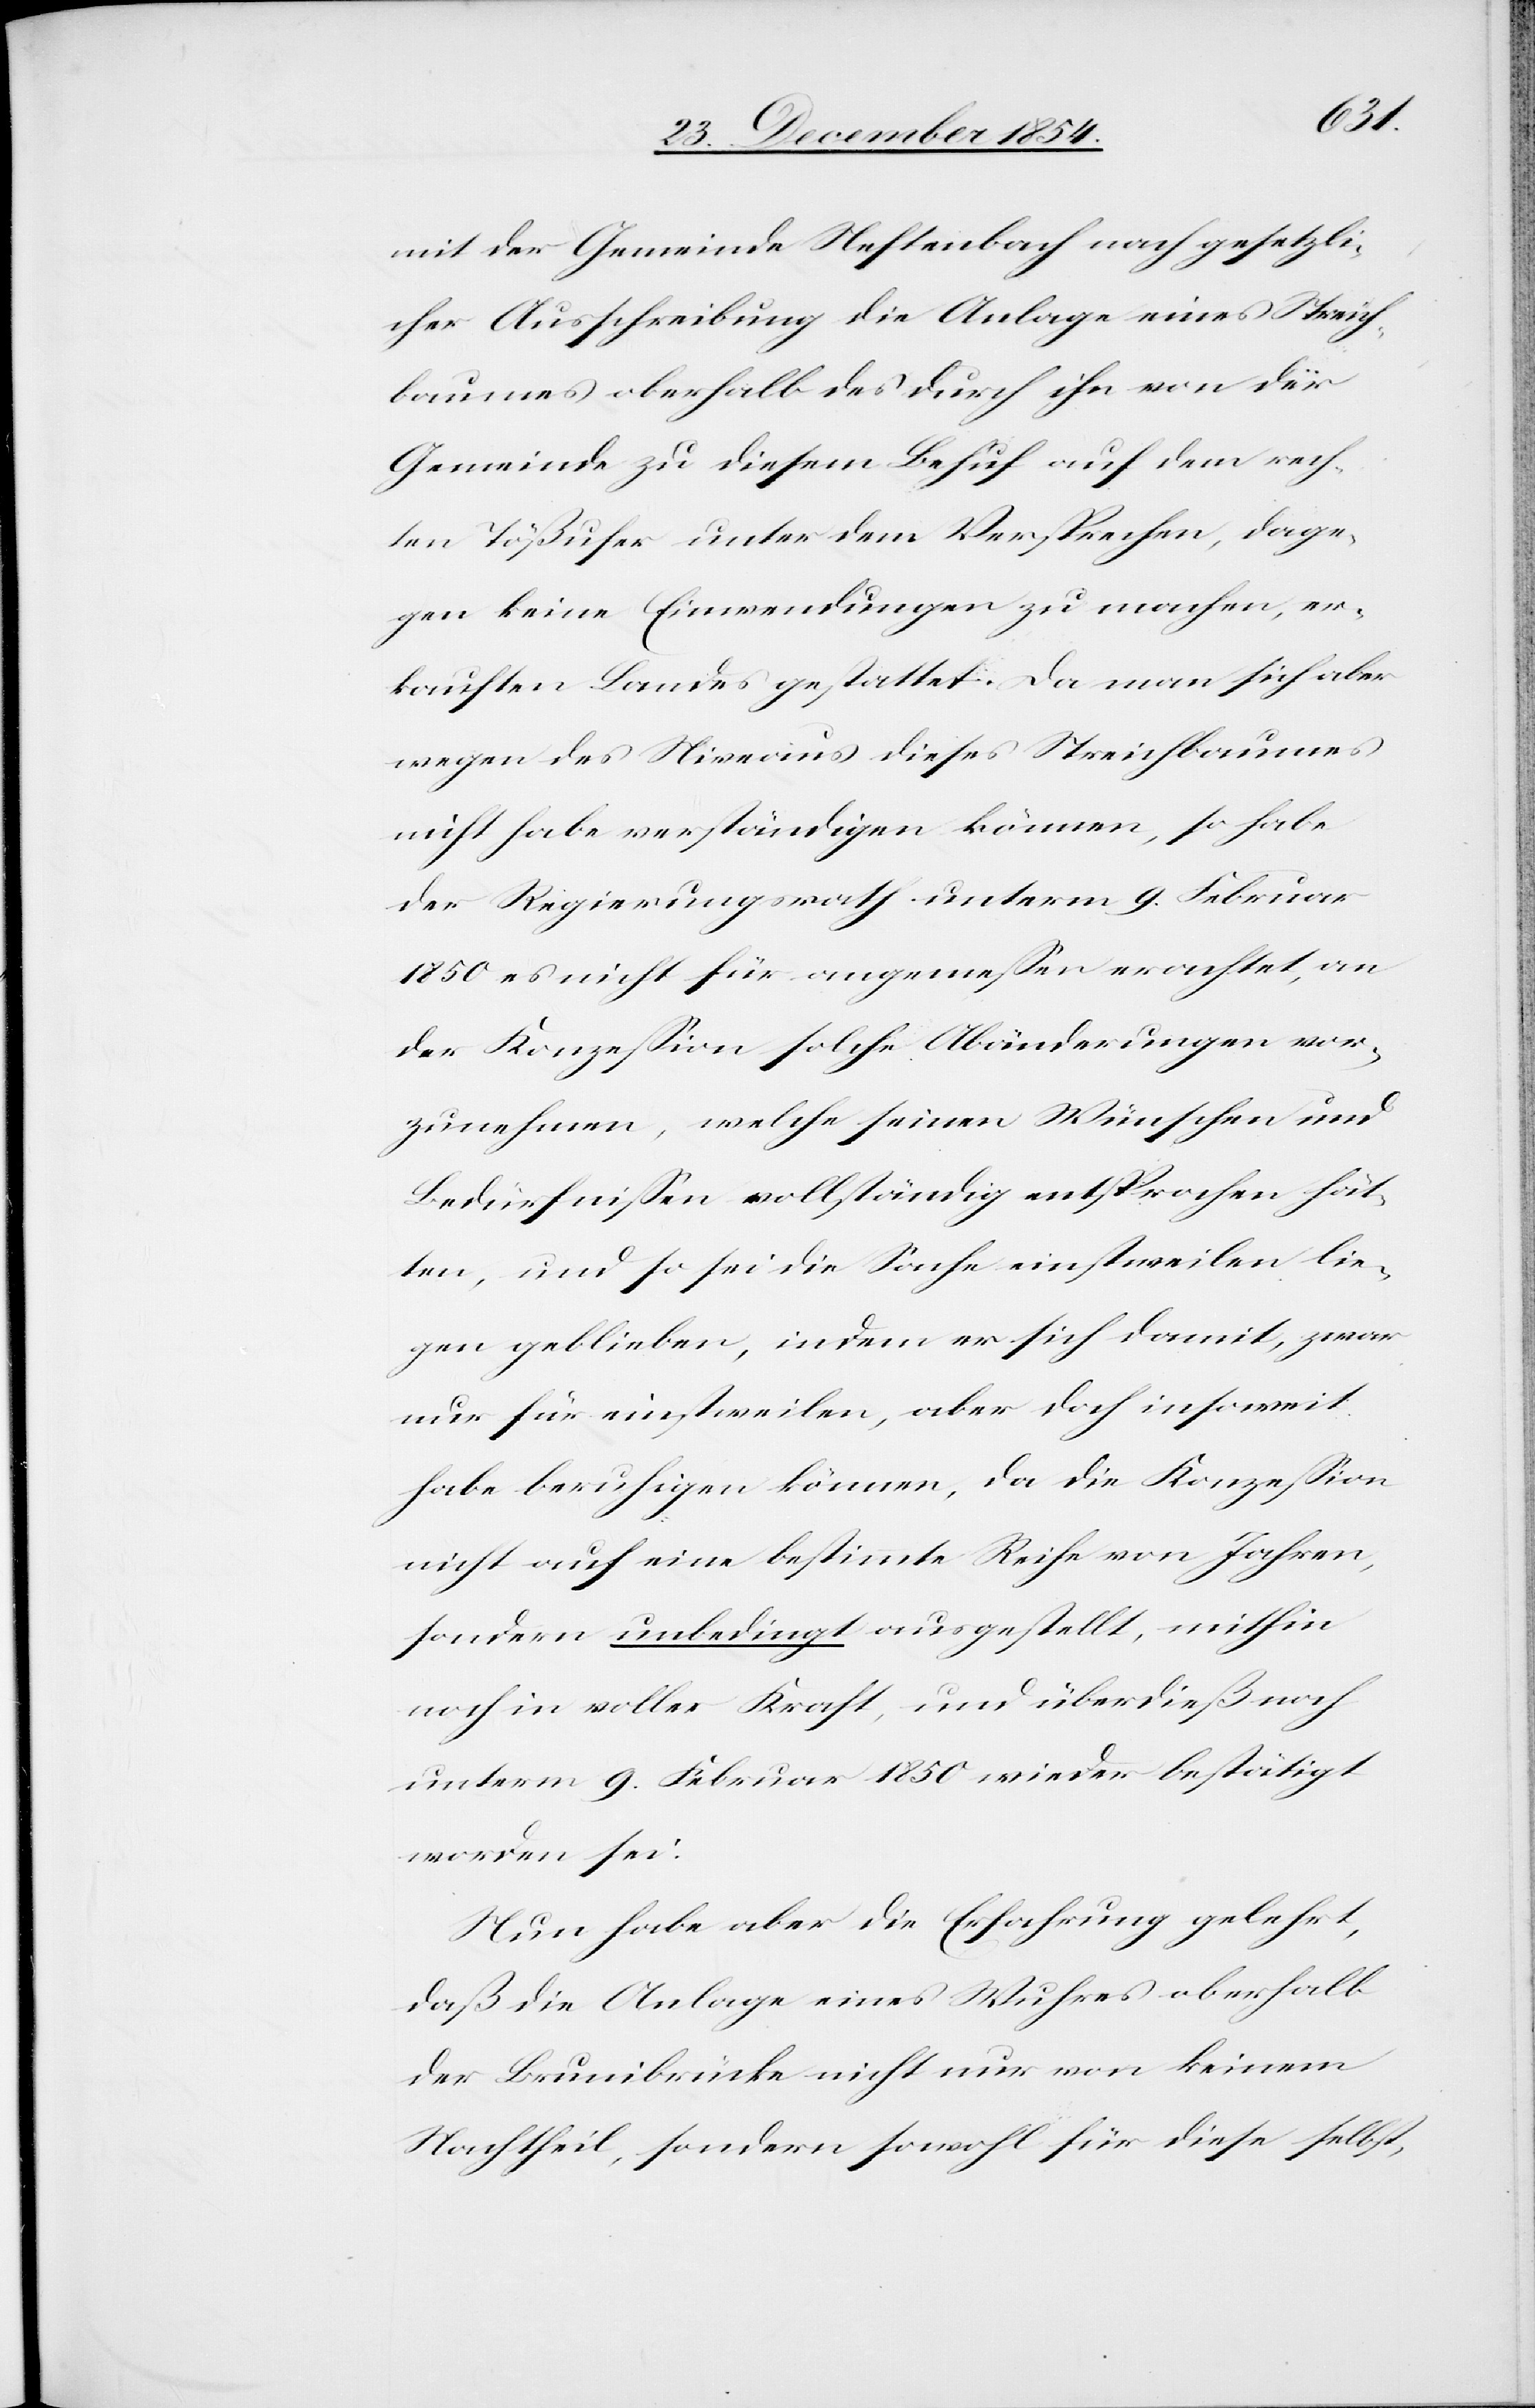
mit der Gemeinde Neftenbach nach gesetzli¬
cher Ausschreibung die Anlage eines Streich¬
baumes oberhalb des durch ihn von der
Gemeinde zu diesem Behuf auf dem rech¬
ten Tößufer unter dem Versprechen, dage¬
gen keine Einwendungen zu machen, er¬
kauften Landes gestattet. Da man sich aber
wegen des Niveaus dieses Streichbaumes
nicht habe verständigen können, so habe
der Regierungsrath unterm 9. Februar
1850 es nicht für angemeßen erachtet, an
der Konzeßion solche Abänderungen vor¬
zunehmen, welche seinen Wünschen und
Bedürfnißen vollständig entsprochen hät¬
ten, und so sei die Sache einstweilen lie¬
gen geblieben, indem er sich damit, zwar
nur für einstweilen, aber doch insoweit
habe beruhigen könne, da die Konzeßion
nicht auf eine bestimmte Reihe von Jahren,
sondern unbedingt ausgestellt, mithin
noch in voller Kraft, und überdieß noch
unterm 9. Februar 1850 wieder bestätigt
worden sei.
Nun habe aber die Erfahrung gelehrt,
daß die Anlage eines Wuhres oberhalb
der Brunibrücke nicht nur von keinem
Nachtheil, sondern sowohl für diese selbst,